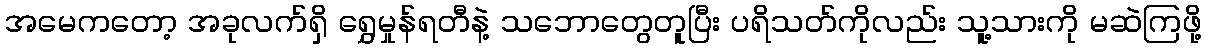
အမေကတော့ အခုလက်ရှိ ရွှေမှုန်ရတီနဲ့ သဘောတွေတူပြီး ပရိသတ်ကိုလည်း သူ့သားကို မဆဲကြဖို့